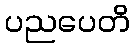
ပညပေတိ